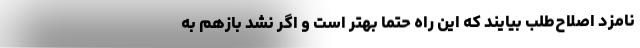
نامزد اصلاح‌طلب بیایند که این راه حتما بهتر است و اگر نشد بازهم به